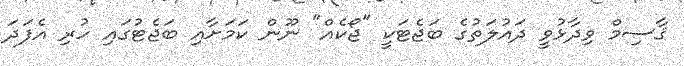
ޤާސިމް ވިދާޅުވީ ދައުލަތުގެ ބަޖެޓަކީ "ޖޯކެއް" ނޫން ކަމަށާއި ބަޖެޓުގައި ހުރި އެފަދަ